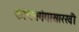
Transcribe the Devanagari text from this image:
कांचनगंगासारखी